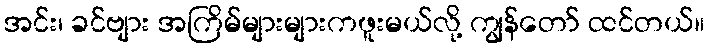
အင်း၊ ခင်ဗျား အကြိမ်များများကဖူးမယ်လို့ ကျွန်တော် ထင်တယ်။